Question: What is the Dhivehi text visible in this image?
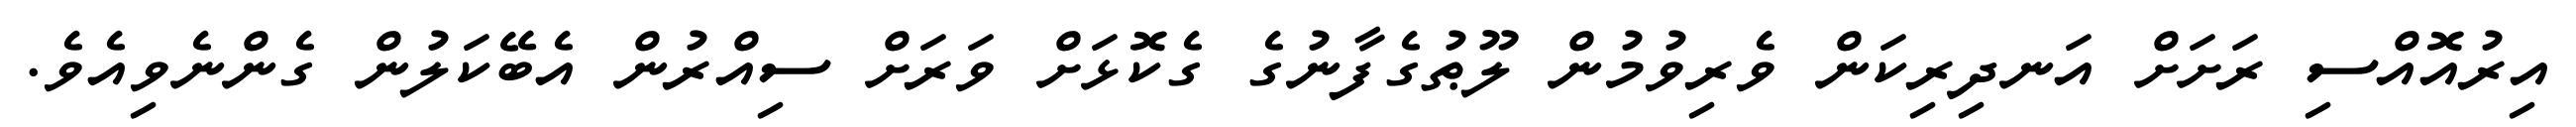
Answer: އިރުއޮއްސި ރަށަށް އަނދިރިކަން ވެރިވުމުން ލޫޠުގެފާނުގެ ގެކޮޅަށް ވަރަށް ސިއްރުން އެބޭކަލުން ގެންނެވިއެވެ.